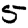
Digit: 5